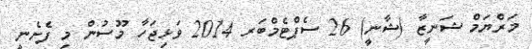
މަރްޔަމް ޝަނީޒާ (ޝާނީ) 26 ސެޕްޓެމްބަރ 2014 ވަޅިޖަހާ މޫސުން މި ފެށެނީ